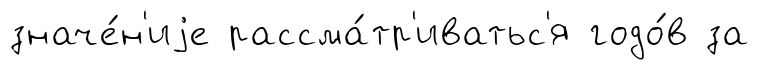
значе́н'иjе рассма́тр'иватьс'я годо́в за